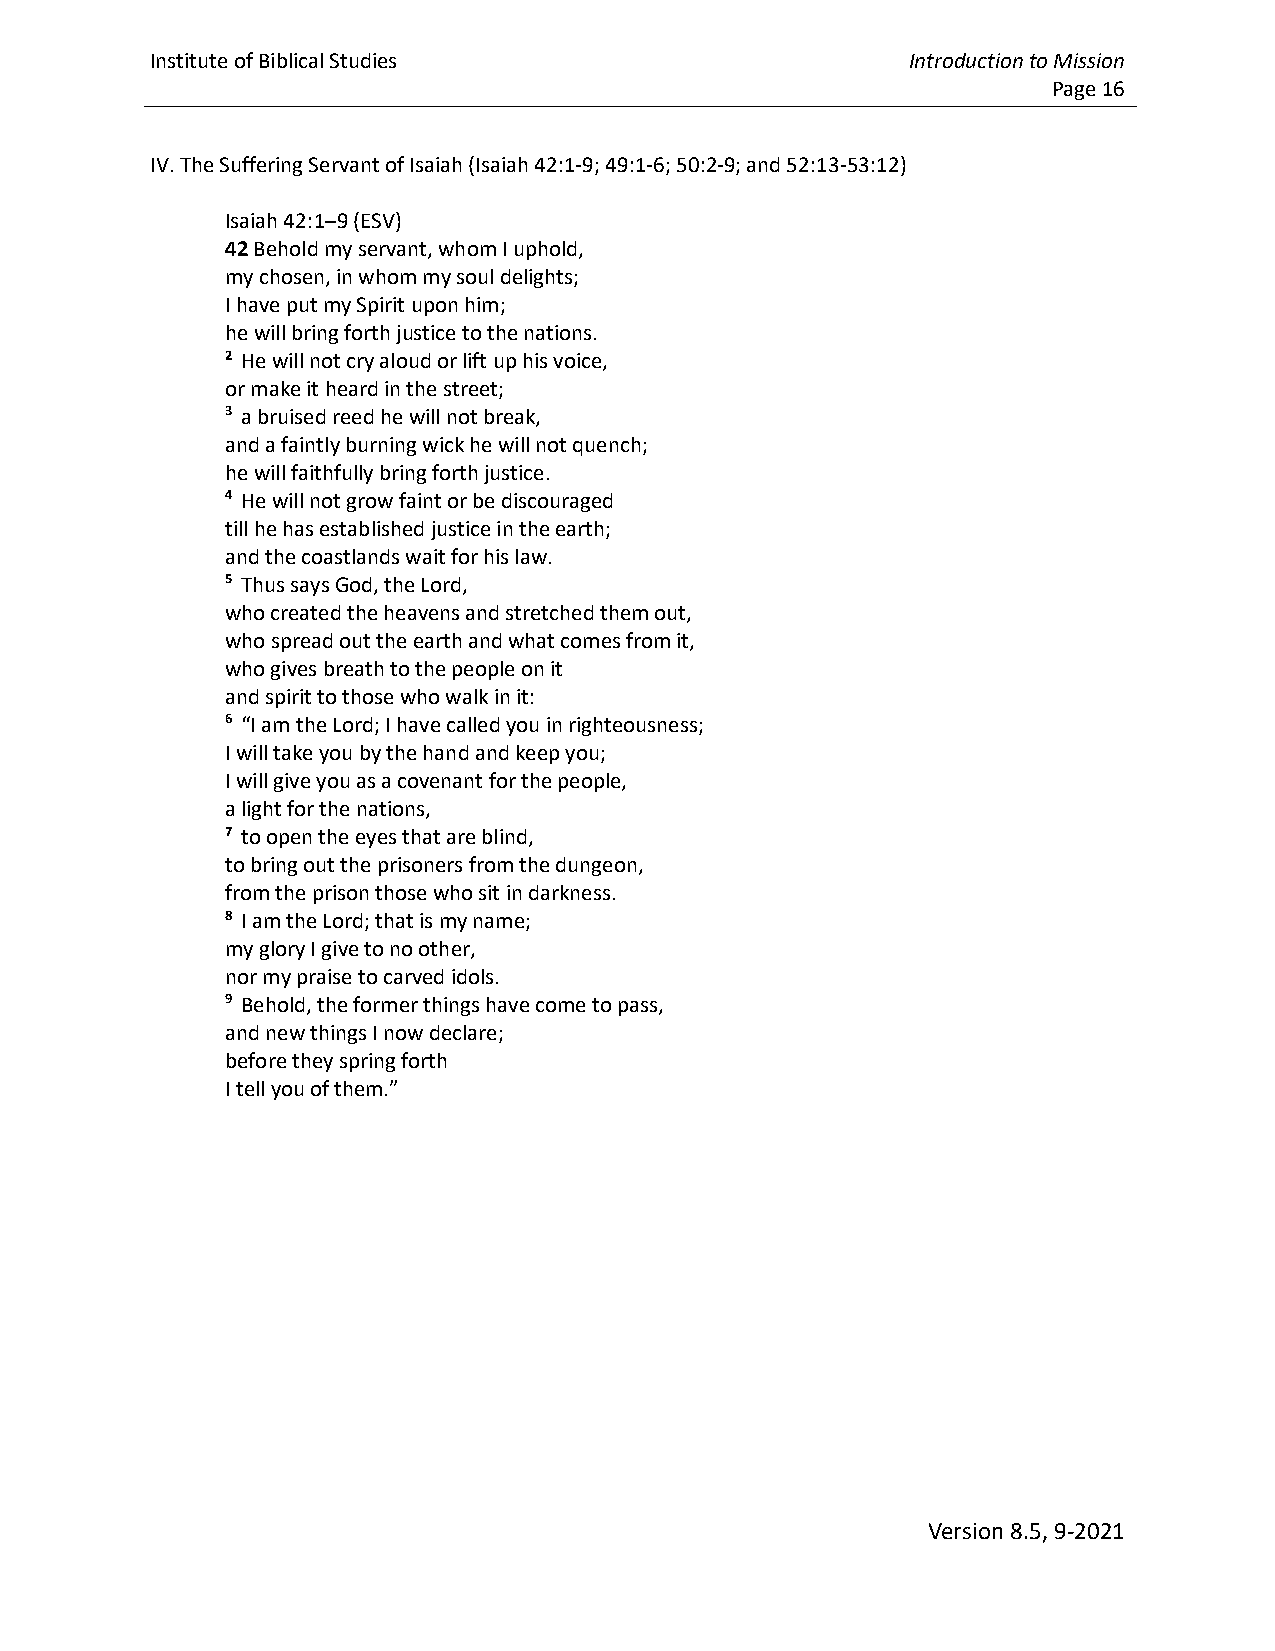
Institute of Biblical Studies                     Introduction to Mission
 Page 16
 IV. The Suffering Servant of Isaiah (Isaiah 42:1-9; 49:1-6; 50:2-9; and 52:13-53:12)
 Isaiah 42:1–9 (ESV)
 42 Behold my servant, whom I uphold,
 my chosen, in whom my soul delights;
 I have put my Spirit upon him;
 he will bring forth justice to the nations.
 2 He will not cry aloud or lift up his voice,
 or make it heard in the street;
 3 a bruised reed he will not break,
 and a faintly burning wick he will not quench;
 he will faithfully bring forth justice.
 4 He will not grow faint or be discouraged
 till he has established justice in the earth;
 and the coastlands wait for his law.
 5 Thus says God, the Lord,
 who created the heavens and stretched them out,
 who spread out the earth and what comes from it,
 who gives breath to the people on it
 and spirit to those who walk in it:
 6 “I am the Lord; I have called you in righteousness;
 I will take you by the hand and keep you;
 I will give you as a covenant for the people,
 a light for the nations,
 7 to open the eyes that are blind,
 to bring out the prisoners from the dungeon,
 from the prison those who sit in darkness.
 8 I am the Lord; that is my name;
 my glory I give to no other,
 nor my praise to carved idols.
 9 Behold, the former things have come to pass,
 and new things I now declare;
 before they spring forth
 I tell you of them.”
 Version 8.5, 9-2021